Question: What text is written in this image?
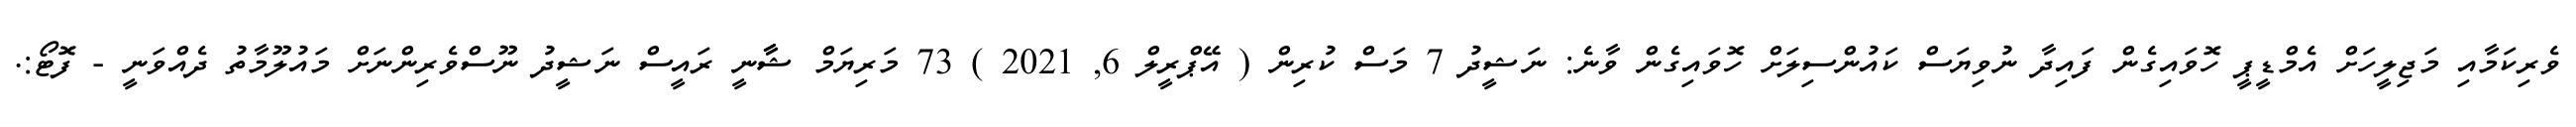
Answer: ވެރިކަމާއި މަޖިލީހަށް އެމްޑީޕީ ހޮވައިގެން ފައިދާ ނުވިޔަސް ކައުންސިލަށް ހޮވައިގެން ވާނެ: ނަޝީދު 7 މަސް ކުރިން ( އޭޕްރީލް 6, 2021 ) 73 މަރިޔަމް ޝާާނީ ރައީސް ނަޝީދު ނޫސްވެރިންނަށް މައުލޫމާތު ދެއްވަނީ - ފޮޓޯ:.